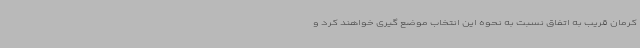
کرمان قریب به اتفاق نسبت به نحوه این انتخاب موضع گیری خواهند کرد و